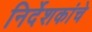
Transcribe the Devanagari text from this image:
निर्देशकांचे